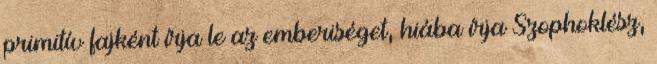
primitív fajként írja le az emberiséget, hiába írja Szophoklész,